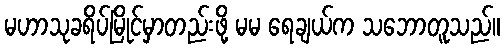
မဟာသုခရိပ်မြိုင်မှာတည်းဖို့ မမ ရေချယ်က သဘောတူသည်။